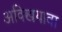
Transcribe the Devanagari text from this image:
अक्खियावा